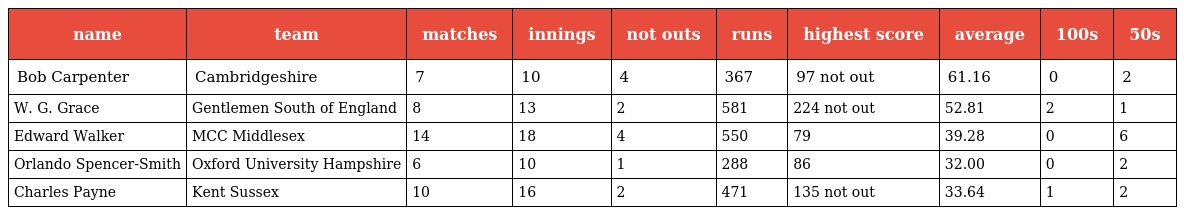
| name | team | matches | innings | not outs | runs | highest score | average | 100s | 50s |
 | --- | --- | --- | --- | --- | --- | --- | --- | --- | --- |
 | Bob Carpenter | Cambridgeshire | 7 | 10 | 4 | 367 | 97 not out | 61.16 | 0 | 2 |
 | W. G. Grace | Gentlemen South of England | 8 | 13 | 2 | 581 | 224 not out | 52.81 | 2 | 1 |
 | Edward Walker | MCC Middlesex | 14 | 18 | 4 | 550 | 79 | 39.28 | 0 | 6 |
 | Orlando Spencer-Smith | Oxford University Hampshire | 6 | 10 | 1 | 288 | 86 | 32.00 | 0 | 2 |
 | Charles Payne | Kent Sussex | 10 | 16 | 2 | 471 | 135 not out | 33.64 | 1 | 2 |